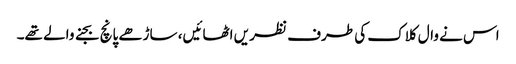
اس نے وال کلاک کی طرف نظر یں اٹھائیں، ساڑھے پانچ بجنے والے تھے۔